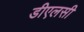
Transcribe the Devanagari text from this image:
डीएलसी